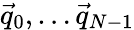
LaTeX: \vec{q}_{0},\dots\vec{q}_{N-1}